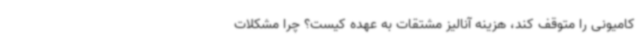
کامیونی را متوقف کند، هزینه آنالیز مشتقات به عهده کیست؟ چرا مشکلات